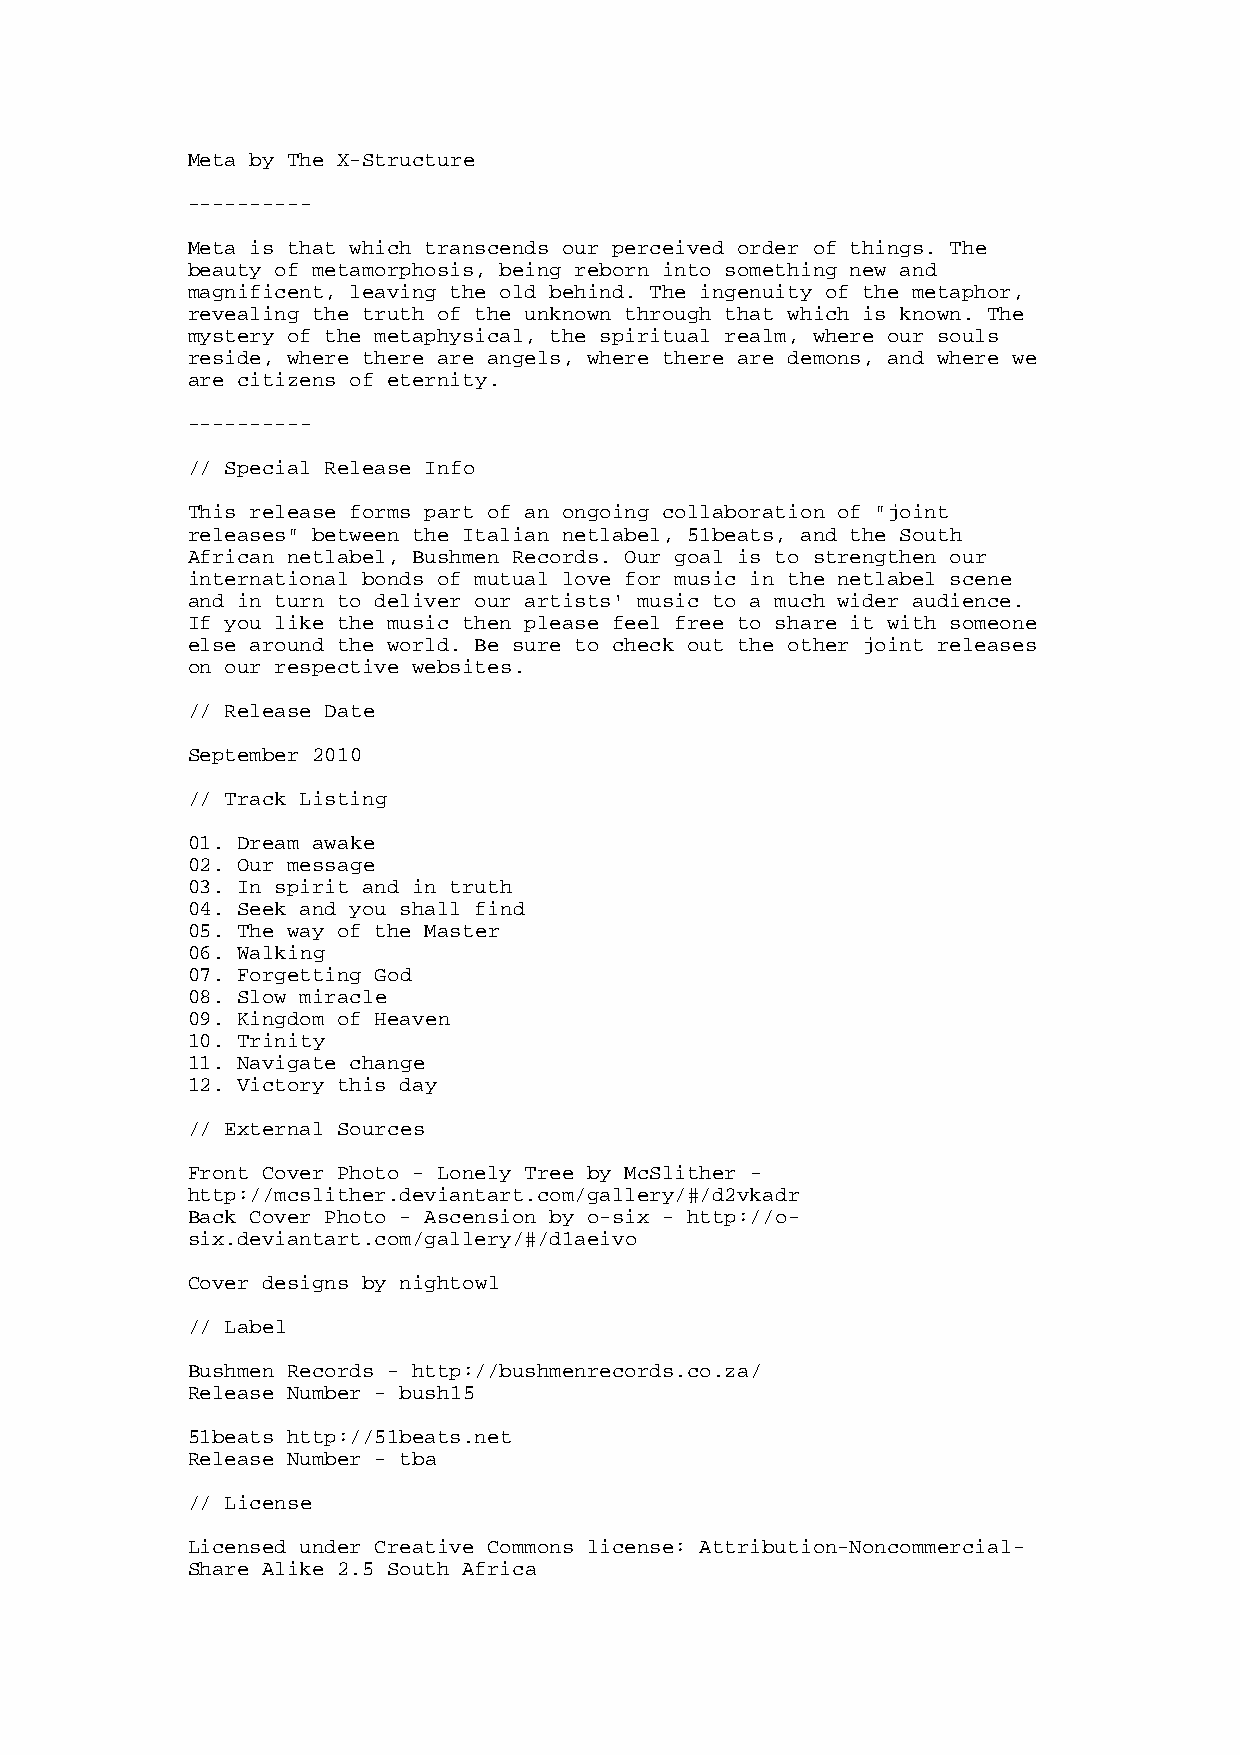
Meta by The X-Structure
 ----------
 Meta is that which transcends our perceived order of things. The
 beauty of metamorphosis, being reborn into something new and
 magnificent, leaving the old behind. The ingenuity of the metaphor,
 revealing the truth of the unknown through that which is known. The
 mystery of the metaphysical, the spiritual realm, where our souls
 reside, where there are angels, where there are demons, and where we
 are citizens of eternity.
 ----------
 // Special Release Info
 This release forms part of an ongoing collaboration of "joint
 releases" between the Italian netlabel, 51beats, and the South
 African netlabel, Bushmen Records. Our goal is to strengthen our
 international bonds of mutual love for music in the netlabel scene
 and in turn to deliver our artists' music to a much wider audience.
 If you like the music then please feel free to share it with someone
 else around the world. Be sure to check out the other joint releases
 on our respective websites.
 // Release Date
 September 2010
 // Track Listing
 01. Dream awake
 02. Our message
 03. In spirit and in truth
 04. Seek and you shall find
 05. The way of the Master
 06. Walking
 07. Forgetting God
 08. Slow miracle
 09. Kingdom of Heaven
 10. Trinity
 11. Navigate change
 12. Victory this day
 // External Sources
 Front Cover Photo - Lonely Tree by McSlither -
 http://mcslither.deviantart.com/gallery/#/d2vkadr
 Back Cover Photo - Ascension by o-six - http://o-
 six.deviantart.com/gallery/#/d1aeivo
 Cover designs by nightowl
 // Label
 Bushmen Records - http://bushmenrecords.co.za/
 Release Number - bush15
 51beats http://51beats.net
 Release Number - tba
 // License
 Licensed under Creative Commons license: Attribution-Noncommercial-
 Share Alike 2.5 South Africa